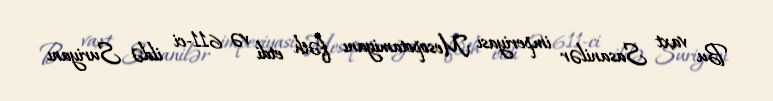
Bu vaxt Sasanilər imperiyası Mesopotamiyanı fəth etdi və 611-ci ildə Suriyanı